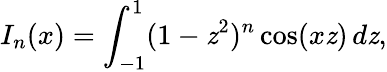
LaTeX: I_{n}(x)=\int_{-1}^{1}(1-\mathit{z}^{2})^{n}\cos(x\mathit{z})\, d\mathit{z},